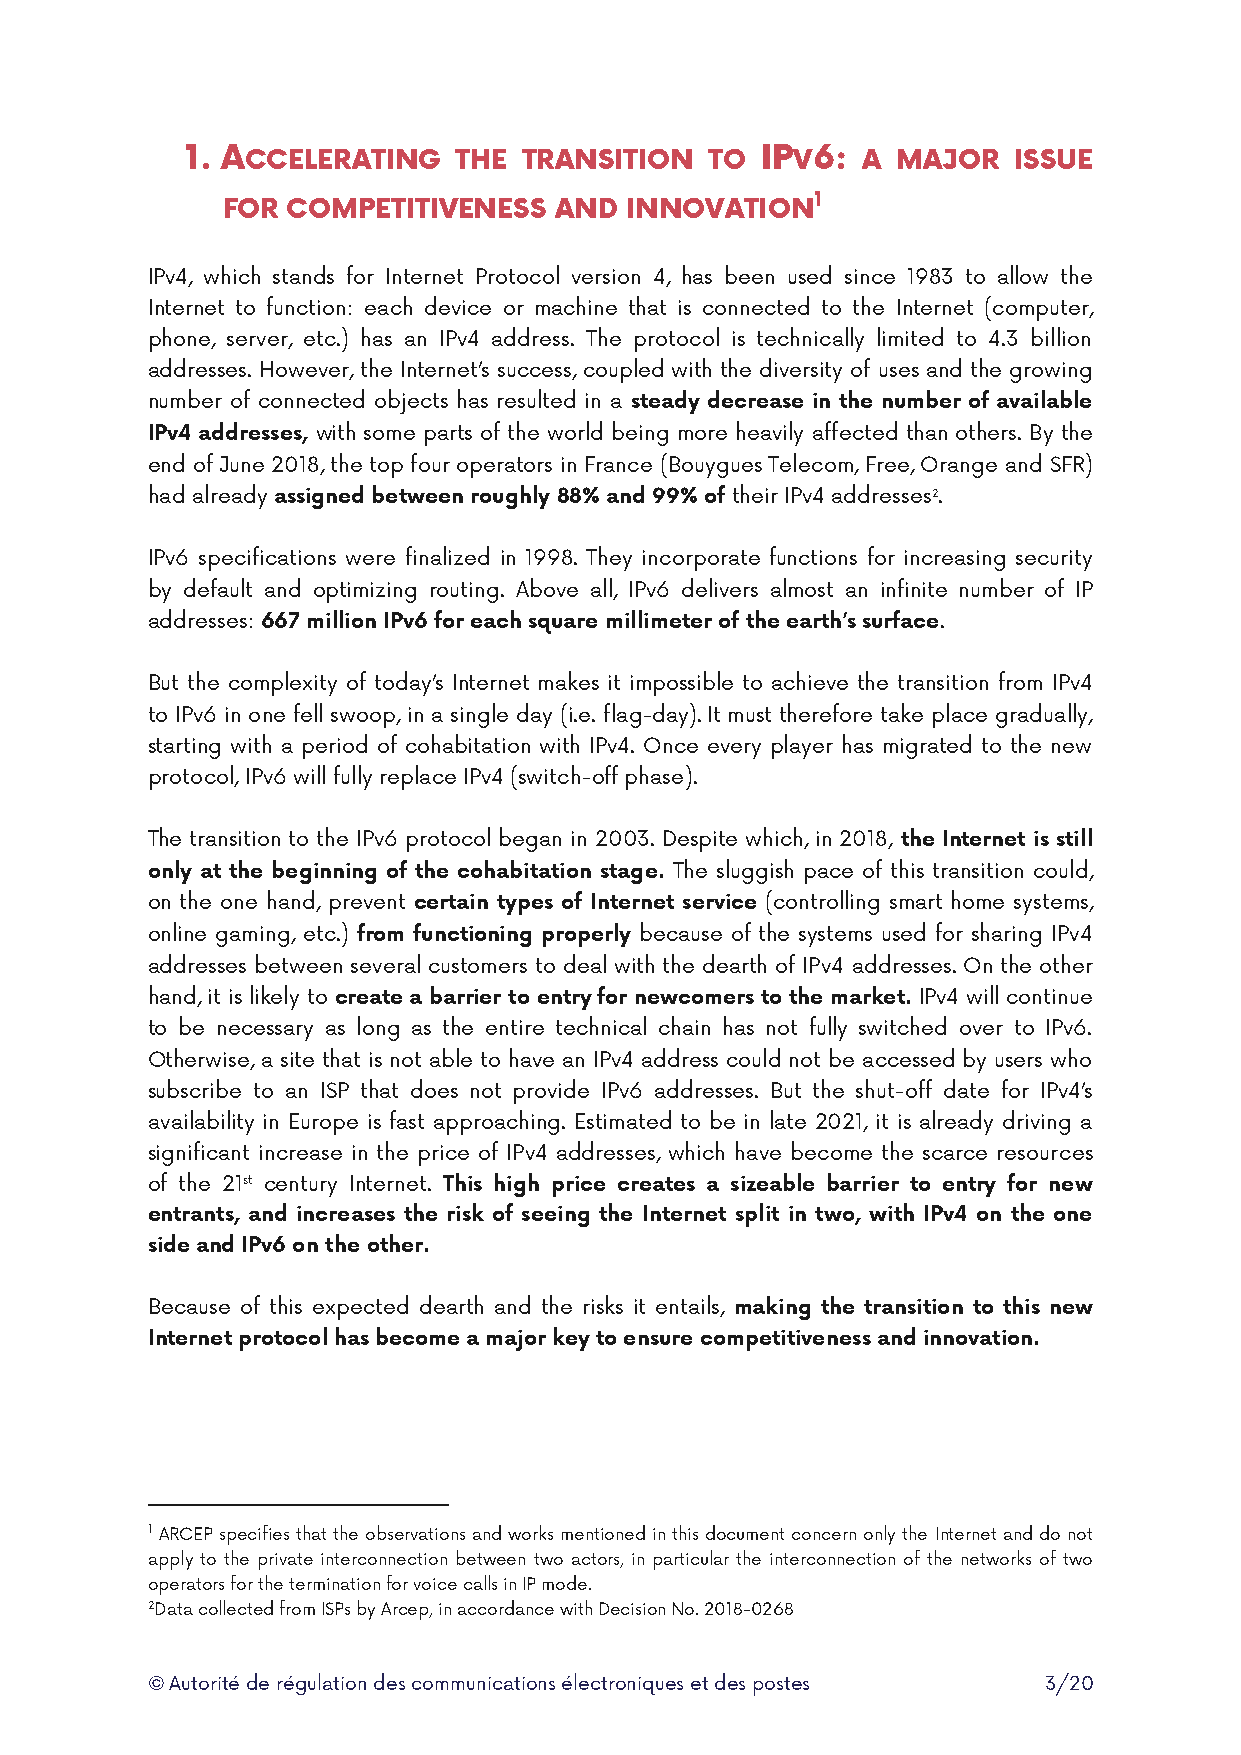
1. ACCELERATING   THE  TRANSITION  TO IPV6:  A MAJOR   ISSUE
 FOR COMPETITIVENESS   AND INNOVATION1
 IPv4, which stands for Internet Protocol version 4, has been used since 1983 to allow the
 Internet to function: each device or machine that is connected to the Internet (computer,
 phone, server, etc.) has an IPv4 address. The protocol is technically limited to 4.3 billion
 addresses. However, the Internet’s success, coupled with the diversity of uses and the growing
 number of connected objects has resulted in a steady decrease in the number of available
 IPv4 addresses, with some parts of the world being more heavily affected than others. By the
 end of June 2018, the top four operators in France (Bouygues Telecom, Free, Orange and SFR)
 had already assigned between roughly 88% and 99% of their IPv4 addresses2.
 IPv6 specifications were finalized in 1998. They incorporate functions for increasing security
 by default and optimizing routing. Above all, IPv6 delivers almost an infinite number of IP
 addresses: 667 million IPv6 for each square millimeter of the earth’s surface.
 But the complexity of today’s Internet makes it impossible to achieve the transition from IPv4
 to IPv6 in one fell swoop, in a single day (i.e. flag-day). It must therefore take place gradually,
 starting with a period of cohabitation with IPv4. Once every player has migrated to the new
 protocol, IPv6 will fully replace IPv4 (switch-off phase).
 The transition to the IPv6 protocol began in 2003. Despite which, in 2018, the Internet is still
 only at the beginning of the cohabitation stage. The sluggish pace of this transition could,
 on the one hand, prevent certain types of Internet service (controlling smart home systems,
 online gaming, etc.) from functioning properly because of the systems used for sharing IPv4
 addresses between several customers to deal with the dearth of IPv4 addresses. On the other
 hand, it is likely to create a barrier to entry for newcomers to the market. IPv4 will continue
 to be necessary as long as the entire technical chain has not fully switched over to IPv6.
 Otherwise, a site that is not able to have an IPv4 address could not be accessed by users who
 subscribe to an ISP that does not provide IPv6 addresses. But the shut-off date for IPv4’s
 availability in Europe is fast approaching. Estimated to be in late 2021, it is already driving a
 significant increase in the price of IPv4 addresses, which have become the scarce resources
 of the 21st century Internet. This high price creates a sizeable barrier to entry for new
 entrants, and increases the risk of seeing the Internet split in two, with IPv4 on the one
 side and IPv6 on the other.
 Because of this expected dearth and the risks it entails, making the transition to this new
 Internet protocol has become a major key to ensure competitiveness and innovation.
 1 ARCEP specifies that the observations and works mentioned in this document concern only the Internet and do not
 apply to the private interconnection between two actors, in particular the interconnection of the networks of two
 operators for the termination for voice calls in IP mode.
 2Data collected from ISPs by Arcep, in accordance with Decision No. 2018-0268
 © Autorité de régulation des communications électroniques et des postes 3/20